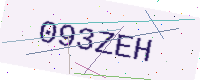
Text: 093ZEH